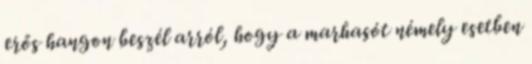
erős hangon beszél arról, hogy a marhasót némely esetben